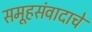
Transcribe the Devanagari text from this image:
समूहसंवादाचे